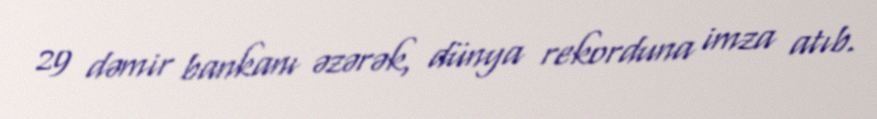
29 dəmir bankanı əzərək, dünya rekorduna imza atıb.